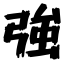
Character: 強